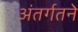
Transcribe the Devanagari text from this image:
अंतर्गतने